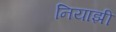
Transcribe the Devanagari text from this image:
नियाझी